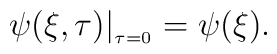
\psi(\xi,\tau)|_{_{\tau=0}}=\psi(\xi)       .